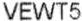
VEWT5